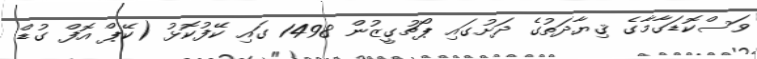
ވަސްކޮޑަގާމާގެ ޤިޔާދަތުގެ ދަށުގައި ޕޯޗުގީޒުން 1498 ގައި ކޭފުކޮޅު (ކޭޕް އޮފް ގުޑް